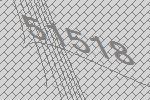
51518